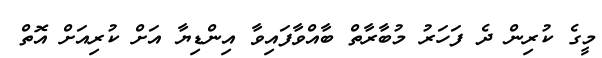
މީގެ ކުރިން ދެ ފަހަރު މުބާރާތް ބާއްވާފައިވާ އިންޑިޔާ އަށް ކުރިއަށް އޮތް